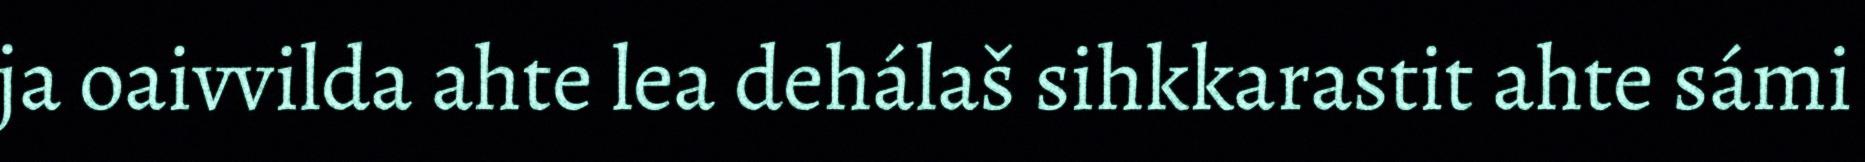
ja oaivvilda ahte lea dehálaš sihkkarastit ahte sámi